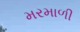
મરમાળી